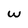
Character: w